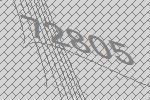
72805